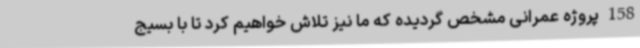
158 پروژه عمرانی مشخص گردیده که ما نیز تلاش خواهیم کرد تا با بسیج